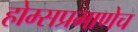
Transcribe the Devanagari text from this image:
होम्सप्रमाणेच